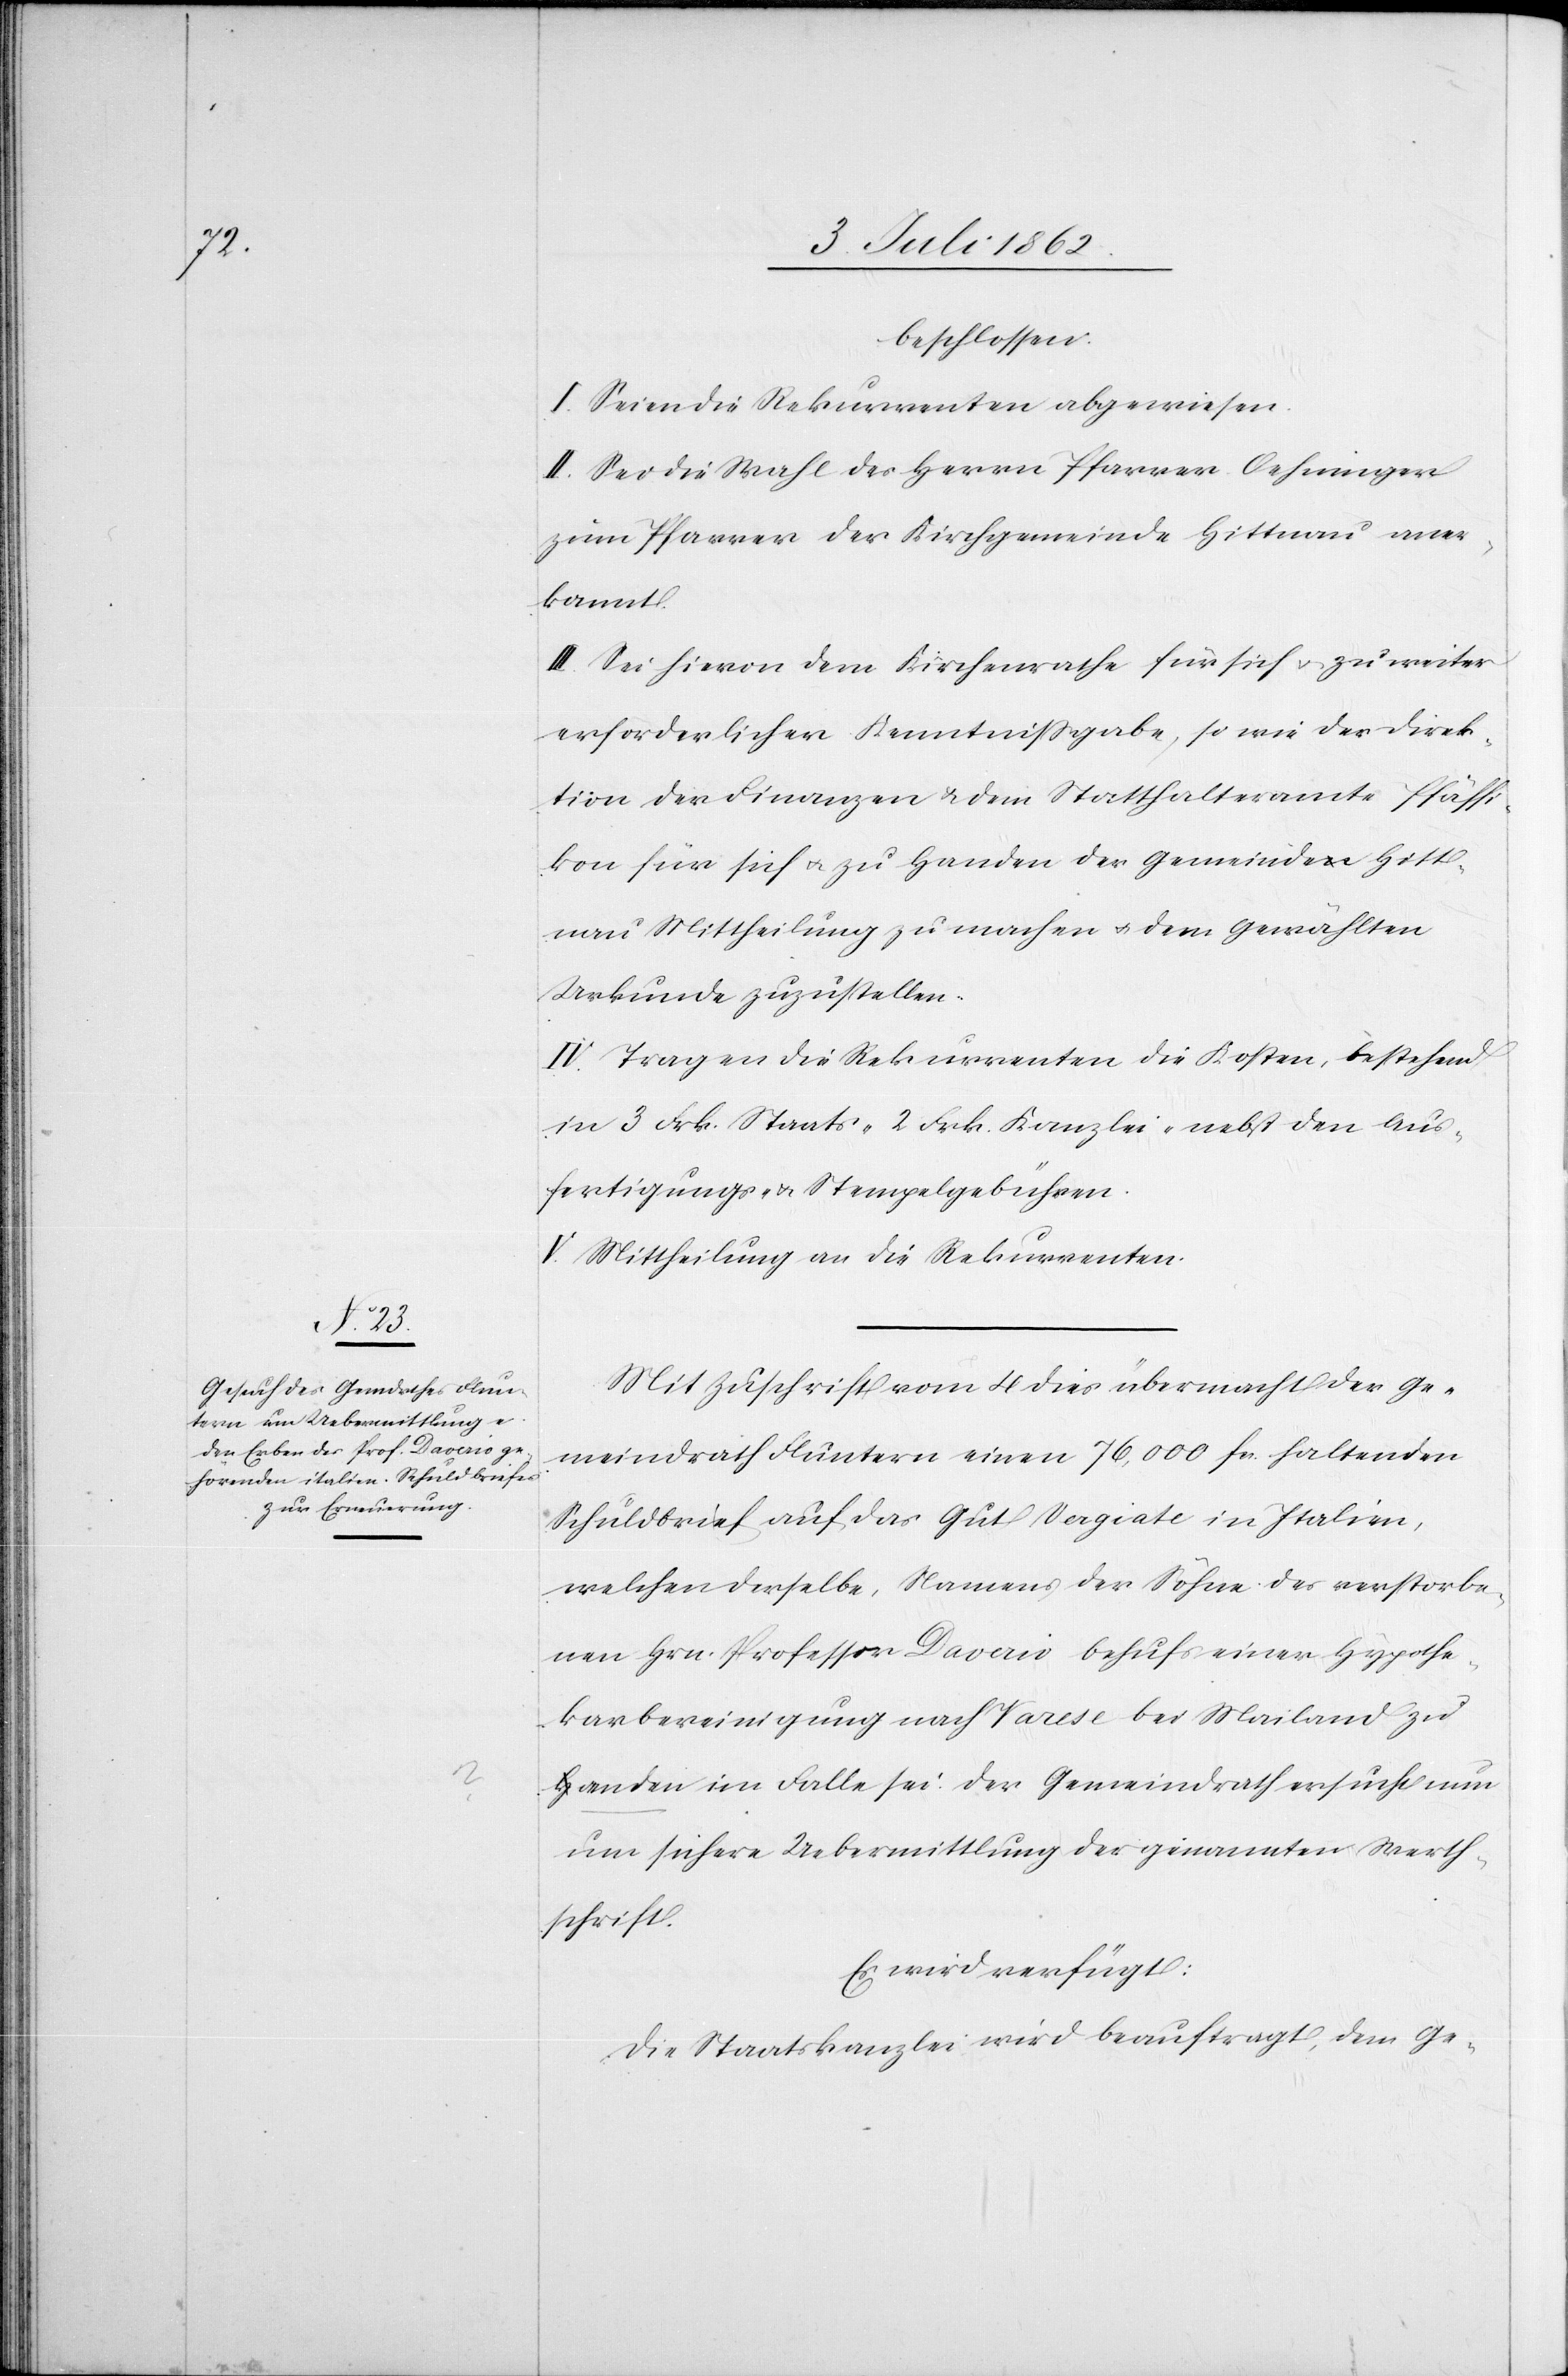
beschlossen.
I. Seien die Rekurrenten abgewiesen.
II. Sei die Wahl des Herrn Pfarrer Oehninger
zum Pfarrer der Kirchgemeinde Hittnau aner¬
kannt.
III. Sei hievon dem Kirchenrathe für sich u. zu weiter
erforderlicher Kenntnißgabe, so wie der Direk¬
tion der Finanzen u. dem Statthalteramte Pfäffi¬
kon für sich u. zu Handen der Gemeinde Hitt¬
nau Mittheilung zu machen u. dem Gewählten
Urkunde zuzustellen.
IV. Tragen die Rekurrenten die Kosten, bestehend
in 3 Frk. Staats- 2 Frk. Kanzlei- nebst den Aus¬
fertigungs- u. Stempelgebühren.
V. Mittheilung an die Rekurrenten.
Mit Zuschrift vom 4 dies übermacht der Ge¬
meindrath Fluntern einen 76,000 Fcs. haltenden
Schuldbrief auf das Gut Vergiate in Italien,
welchen derselbe, Namens der Söhne des verstorbe¬
nen Hrn. Professor Davaio behufs einer Hypothe¬
karbereinigung nach Varese bei Mailand zu
Handen im Falle sei. Der Gemeindrath ersucht nun
um sichere Uebermittlung der genannten Werth¬
schrift.
Es wird verfügt:
Die Staatskanzlei wird beauftragt, dem Ge-